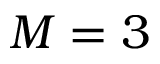
M = 3